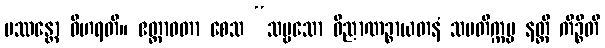
ပဿန္တော ဝိဟရတိ။ ဧတ္တာဝတာ စေသ “သဗ္ဗသော ဝိညာဏဉ္စာယတနံ သမတိက္ကမ္မ နတ္ထိ ကိဉ္စီတိ